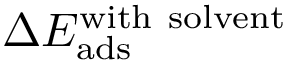
\Delta E _ { \mathrm { a d s } } ^ { \mathrm { w i t h \ s o l v e n t } }